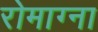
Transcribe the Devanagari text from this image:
रोमाग्ना